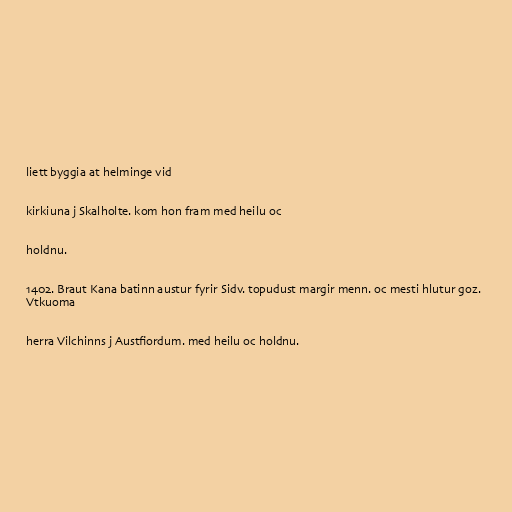
liett byggia at helminge vid

kirkiuna j Skalholte. kom hon fram med heilu oc

holdnu.

1402. Braut Kana batinn austur fyrir Sidv. topudust margir menn. oc mesti hlutur goz.
Vtkuoma

herra Vilchinns j Austfiordum. med heilu oc holdnu.